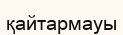
қайтармауы